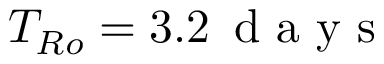
T _ { R o } = 3 . 2 \, \mathrm { ~ d ~ a ~ y ~ s ~ }